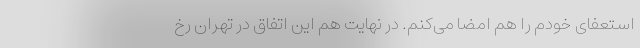
استعفای خودم را هم امضا می‌کنم. در نهایت هم این اتفاق در تهران رخ